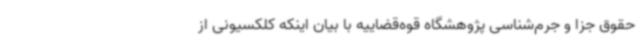
حقوق جزا و جرم‌شناسی پژوهشگاه قوه‌قضاییه با بیان اینکه کلکسیونی از